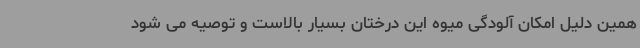
همین دلیل امکان آلودگی میوه این درختان بسیار بالاست و توصیه می شود